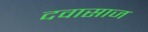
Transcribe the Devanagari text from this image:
दवासाज